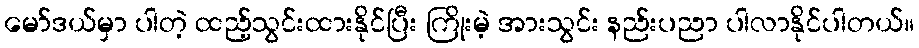
မော်ဒယ်မှာ ပါတဲ့ ထည့်သွင်းထားနိုင်ပြီး ကြိုးမဲ့ အားသွင်း နည်းပညာ ပါလာနိုင်ပါတယ်။